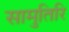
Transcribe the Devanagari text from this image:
सामुतिरि